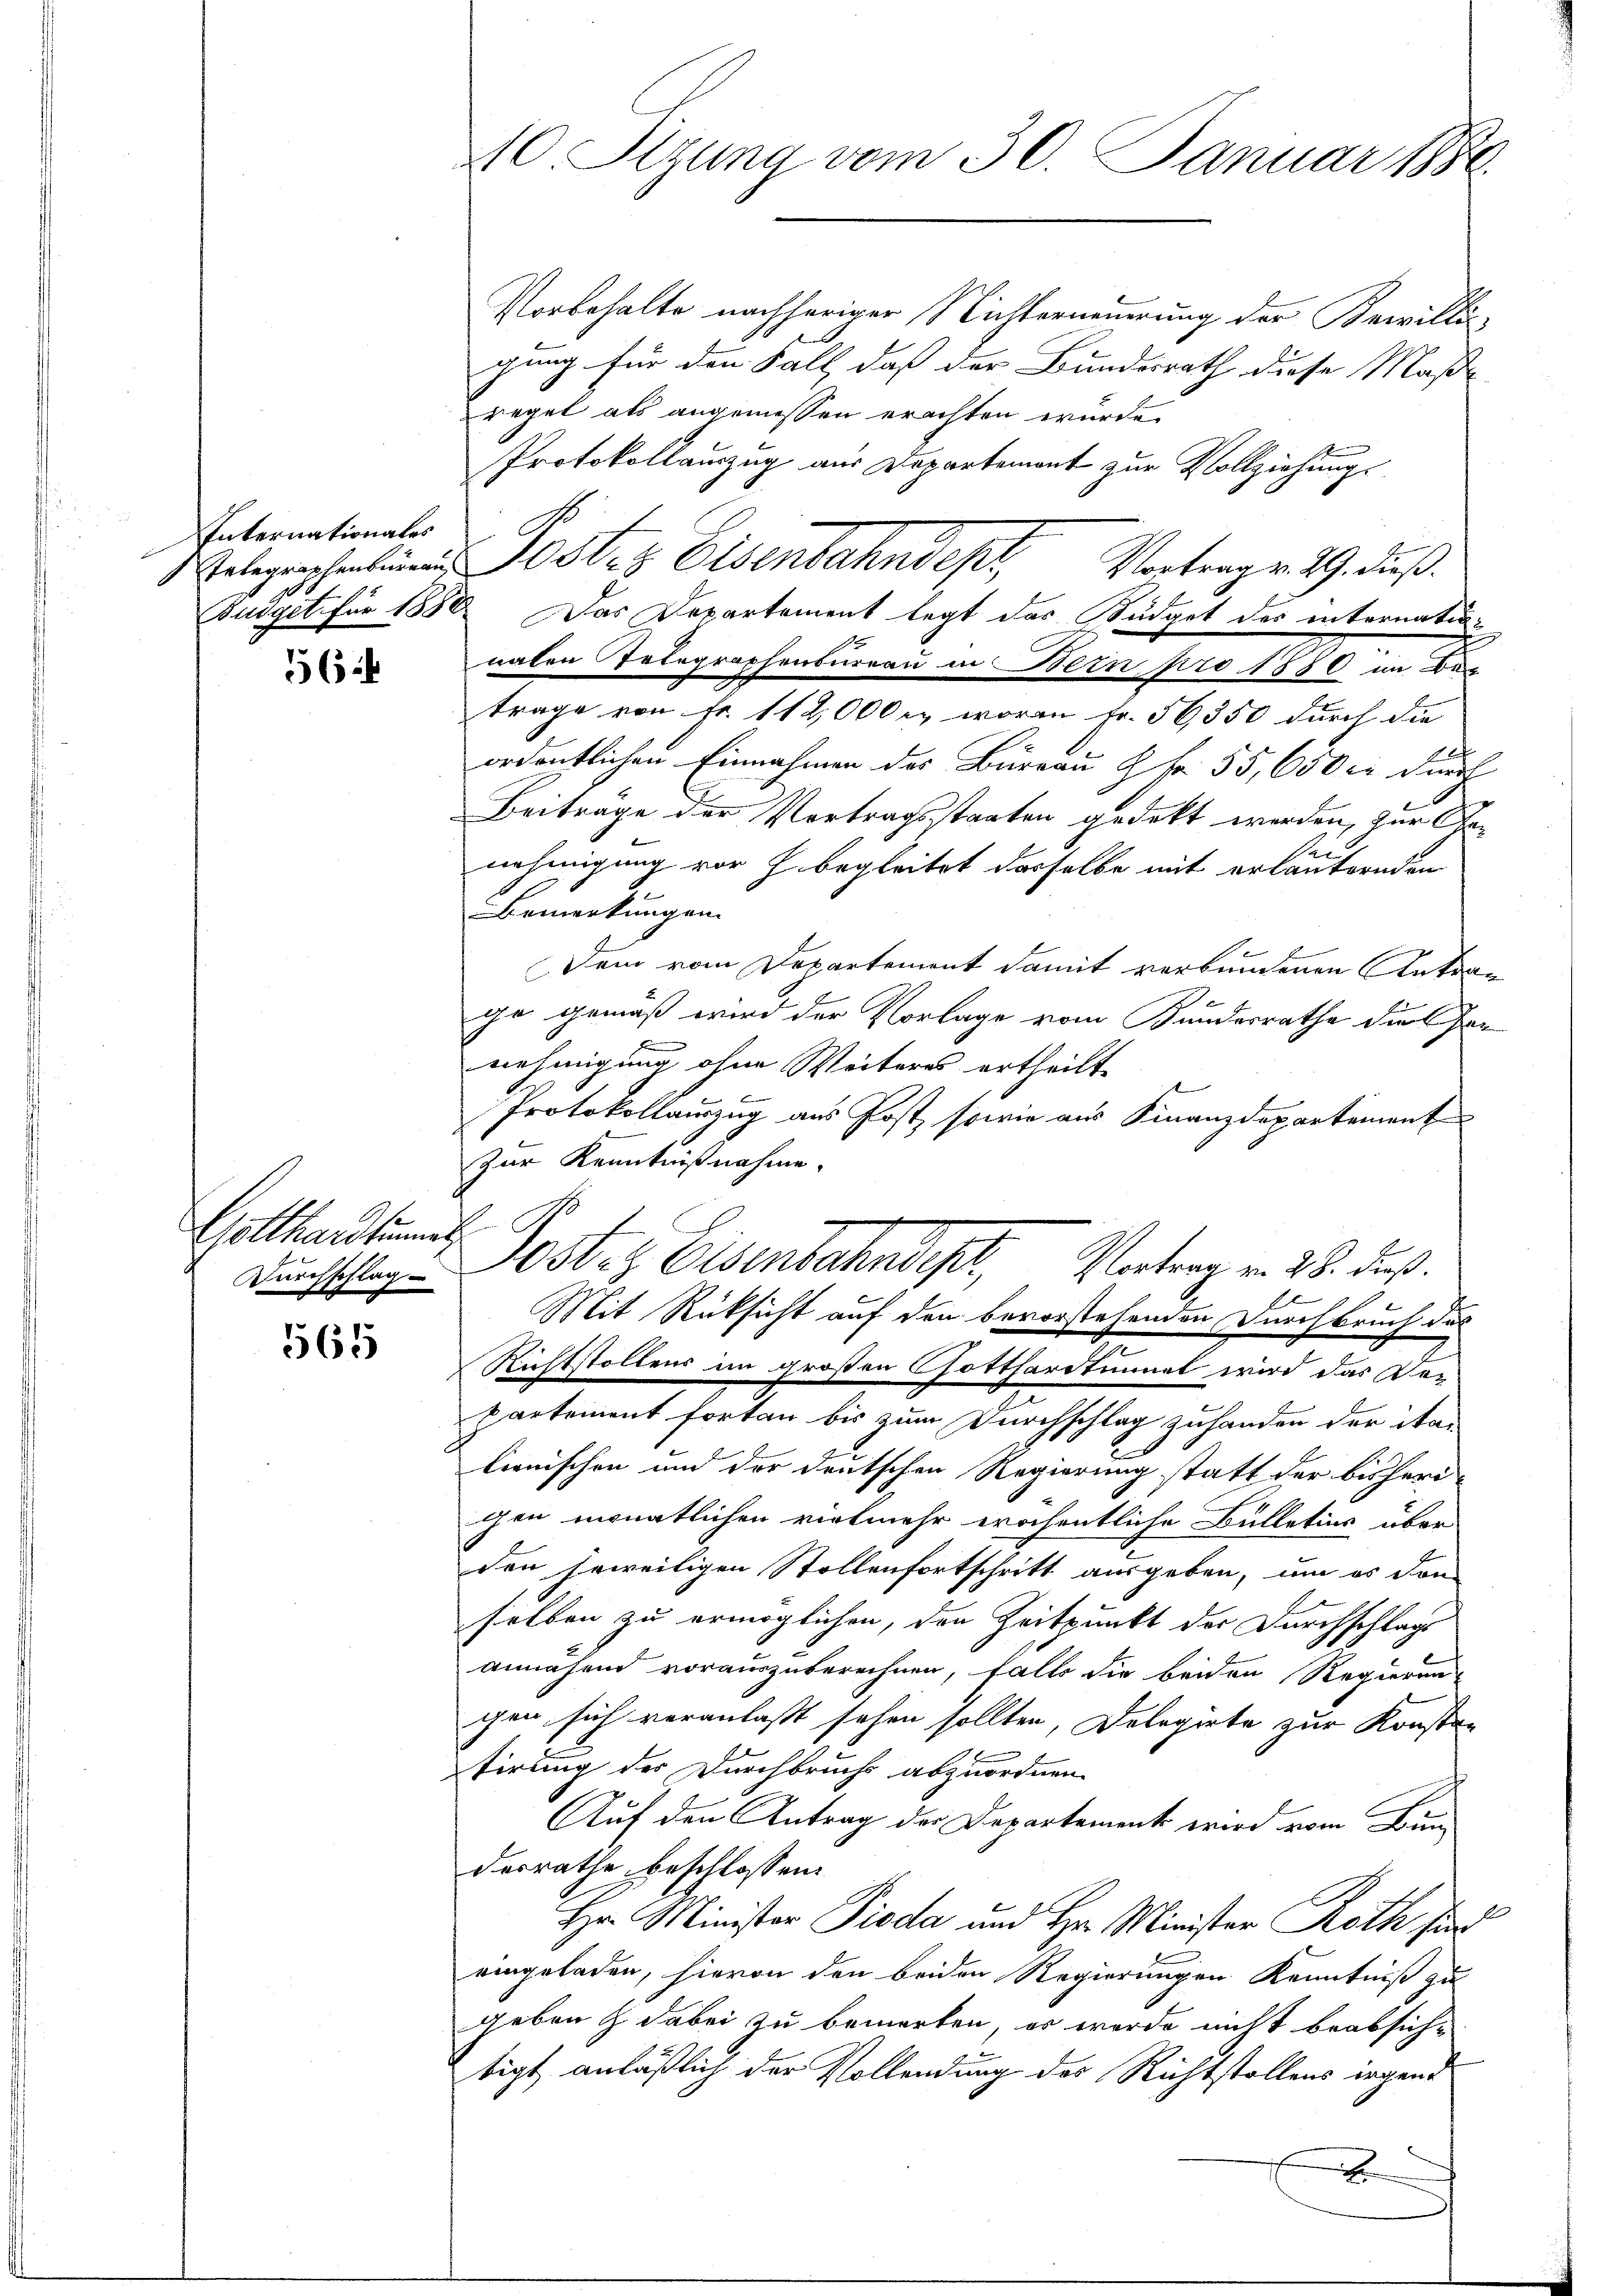
Internationales

56

Gotthardtun
Durchschlag

565

10. Sitzung vom 30. Januar 1880

Vorbehalte nachheriger Nichterneuerung der Bewilli-
gung für den Fall, daß der Bundesrath diese Maße
regel als angemessen erachten wurde.
Protokollauszug aus Departement zur Vollziehung
Telegraphenburg Jestes Eisenbahndepri
Vortrag v. 29. dieß.
Judget für 1888. Das Departement legt das Büdget des internatur-
naten Telegraphenbureau in Bern pro 1880 im Bez
trage von Fr. 112,000. worin Fr. 56350 durch die
ordentlichen Einnahmen des Büreau 8 Fr. 55, 650 er durch
Beitrage der Vertragsstaaten gedeckt werden, zur Renehmigung vor J. begleitet dasselbe mit erläuternden
Bemerkungen
Dem vom Departement damit verbundenen Antrag
ge gemäß wird der Vorlage vom Kundesrathe die Panehmigung ohne Weiteres ertheilt.
Protokollauszug aus Post, sowie aus Finanzdepartement
Zur Kenntnißnahme.
Poster Eisenbahndisch, Vertrag v. 18. Fuß.
Mit Rüksicht auf den bevorstehenden Durchbruch das
Richtstollens im großen Gotthardtimmel wird das Der
partement fortan bis zum Durchschlag zuhanden der itar
lionischen und der deutschen Regierung statt der bisheri-
gen monatlichen vielmehr eröchentliche Bulletins über
den jeweiligen Stollenfortschritt ausgeben, um er dan
selben zu ermöglichen, den Zeitpunkt der Durchschlags
annähend vorauszuberechnen, falls die beiden Regierung
gen sich veranlaßt sehen sollten, Delegirte zur Konstan
tirung der Durchbruchs abzuordnen.
Auf den Antrag der Departement wird vom Bunderrathe beschlossen:
Hr. Minister Pioda und Hr. Minister Roth sind
eingeladen, hievon den beiden Regierungen Kenntniß zu
geben & dabei zu bemerken, er werde nicht beabsichtigt anläßlich der Vollendung des Richtstollens irgend
x